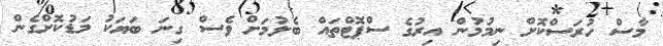
މާސް ހުރަސްކޮށް ނިމުމުން އިރުގެ ސްޕޮޓްތައް ބެލުމަށް ވެސް ގިނަ ބަޔަކު މަޑުކޮށްގެން